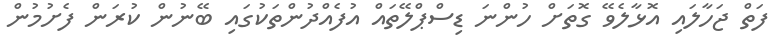
ފަތް ޖަހާލައި އޮޅާލެވޭ ގޮތަށް ހުންނަ ޑިސްޕްލޭތައް އުފެއްދުންތަކުގައި ބޭނުން ކުރަން ފެށުމުން